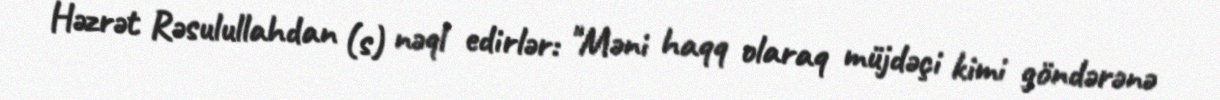
Həzrət Rəsulullahdan (s) nəql edirlər: "Məni haqq olaraq müjdəçi kimi göndərənə